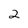
Character: 2